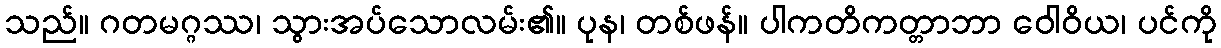
သည်။ ဂတမဂ္ဂဿ၊ သွားအပ်သောလမ်း၏။ ပုန၊ တစ်ဖန်။ ပါကတိကတ္တာဘာ ဝေါဝိယ၊ ပင်ကို